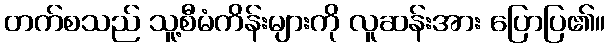
တက်စသည် သူ့စီမံကိန်းများကို လူဆန်းအား ပြောပြ၏။